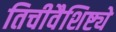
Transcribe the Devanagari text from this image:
तिचीवैशिष्ट्ये